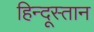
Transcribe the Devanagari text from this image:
हिन्दूस्तान